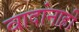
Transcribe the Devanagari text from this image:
वादांनाही